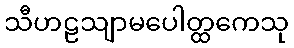
သီဟဠသျာမပေါတ္ထကေသု